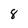
Character: 8